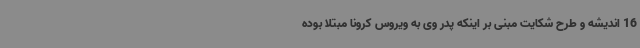
16 اندیشه و طرح شکایت مبنی بر اینکه پدر وی به ویروس کرونا مبتلا بوده